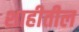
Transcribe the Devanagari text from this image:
शाहीतील